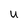
Character: u